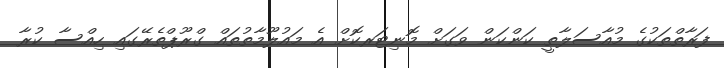
ފަރާތްތަކުގެ މުއާސަލާތީ ކަންކަން ވަގަށް މޮނިޓަރކޮށް އެ މައުލޫމާތުތައް ގްރޫޕްތެރޭގައި ހިއްސާ ކުރާ